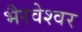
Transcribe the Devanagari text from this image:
भैरवेश्वर